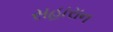
સહારાન